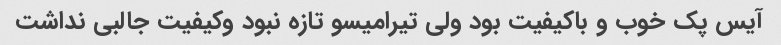
آیس پک خوب و باکیفیت بود ولی تیرامیسو تازه نبود وکیفیت جالبی نداشت